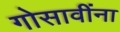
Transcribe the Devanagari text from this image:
गोसावींना